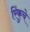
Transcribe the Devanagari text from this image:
रिंकुचे